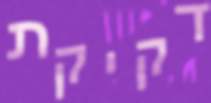
דקיקת